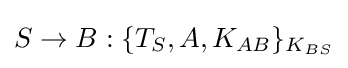
S\rightarrow B:\{T_{S},A,K_{AB}\}_{K_{BS}}